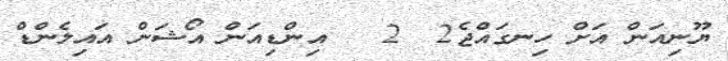
ޔޫނިއަން އަށް ހިނގައްޖެ2  2   އިންޑިއަން އޯޝަން އައިލެންޑް